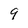
Character: 9